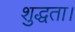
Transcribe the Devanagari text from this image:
शुद्धता।